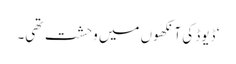
‘ ڈیوڈ کی آنکھوں میں وحشت تھی۔